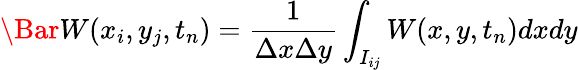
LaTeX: \Bar W(x_{i},y_{j},t_{n})=\frac{1}{\Delta x\Delta y}\int_{I_{ij}}W(x,y,t_{n})dxdy